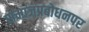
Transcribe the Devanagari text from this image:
समाजप्रबोधनपर